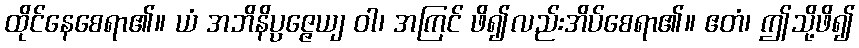
ထိုင်နေစေရာ၏။ ယံ အဘိနိပ္ပဇ္ဇေယျ ဝါ၊ အကြင် ဖိ၍လည်းအိပ်စေရာ၏။ ဧတံ၊ ဤသို့ဖိ၍